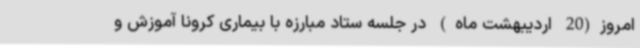
امروز(20 اردیبهشت ماه) در جلسه ستاد مبارزه با بیماری کرونا آموزش و